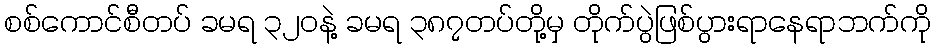
စစ်ကောင်စီတပ် ခမရ ၃၂၀နဲ့ ခမရ ၃၈၇တပ်တို့မှ တိုက်ပွဲဖြစ်ပွားရာနေရာဘက်ကို